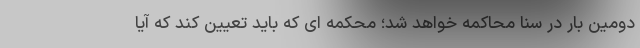
دومین بار در سنا محاکمه خواهد شد؛ محکمه ای که باید تعیین کند که آیا